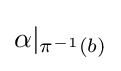
\alpha |_{\pi ^{-1}(b)}